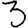
Digit: 3